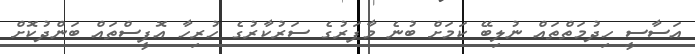
އަސާސީ ހިދުމަތްތައް ނުލިބޭ ކަމަށް ބުނެ މާފަރުގެ ސަރުކާރުގެ ހުރިހާ އޮފީސްތައް ބަންދުކޮށް